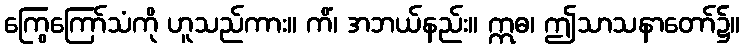
ကြွေကြော်သံကို ဟူသည်ကား။ ကိံ၊ အဘယ်နည်း။ ဣဓ၊ ဤသာသနာတော်၌။